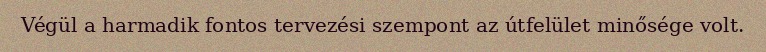
Végül a harmadik fontos tervezési szempont az útfelület minősége volt.